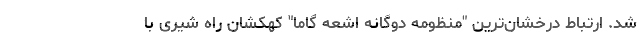
شد. ارتباط درخشان‌ترین "منظومه دوگانه اشعه گاما" کهکشان راه شیری با